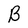
Character: B